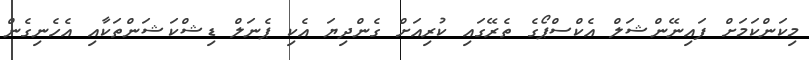
މިކަންކަމަށް ފައިނޭންޝަލް އެކްސްޕޯގެ ތެރޭގައި ކުރިއަށް ގެންދިޔަ އެކި ޕެނަލް ޑިޝްކަޝަންތަކާއި އެހެނިގެން